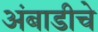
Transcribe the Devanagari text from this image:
अंबाडीचे